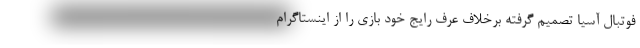
فوتبال آسیا تصمیم گرفته برخلاف عرف رایج خود بازی را از اینستاگرام